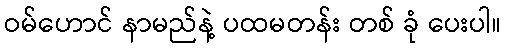
ဝမ်ဟောင် နာမည်နဲ့ ပထမတန်း တစ် ခုံ ပေးပါ။